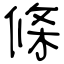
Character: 條